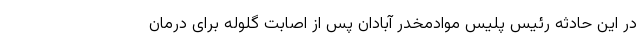
در این حادثه رئیس پلیس موادمخدر آبادان پس از اصابت گلوله برای درمان